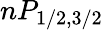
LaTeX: nP_{1/2,3/2}